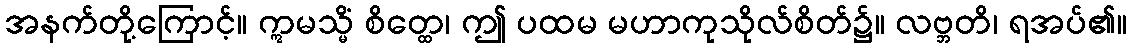
အနက်တို့ကြောင့်။ ဣမသ္မိံ စိတ္ထေ၊ ဤ ပထမ မဟာကုသိုလ်စိတ်၌။ လဗ္ဘတိ၊ ရအပ်၏။